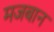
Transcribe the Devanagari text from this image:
मजबान